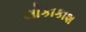
લોકાકાશ